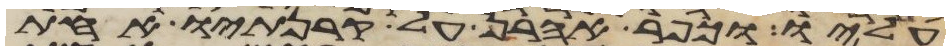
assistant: עליו וכפר אהרן על קרנתיו אחת